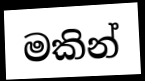
මකින්